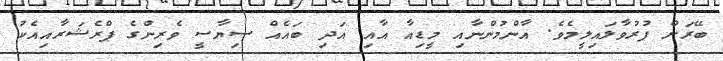
ބޭރަށް ފުރުވާލައިލީމެވެ. އާންމުންނާއި މީޑިއާ އާއި އަދި ބައެއް ސިޔާސީ ވެރިންގެ ޕްރެޝަރާއިއެކު